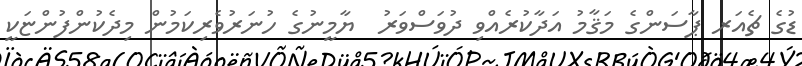
ޑުގެ ޗެއަރ ޕާސަންގެ މަޤާމު އަދާކުރެއްވި ދުވަސްވަރު  ޔާމީނުގެ ހުނަރުވެރިކަމުން މިދެކުންފުންޏަކީ